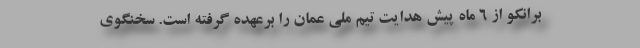
برانکو از 6 ماه پیش هدایت تیم ملی عمان را برعهده گرفته است. سخنگوی